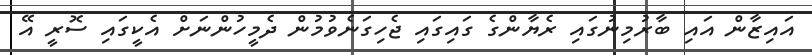
އައިޒާން އައި ބާރުމިނުގައި ރެޔާންގެ ގައިގައި ޖެހިގަނެވުމުން ދެމީހުންނަށް އެކީގައި ސޮރީ އޭ